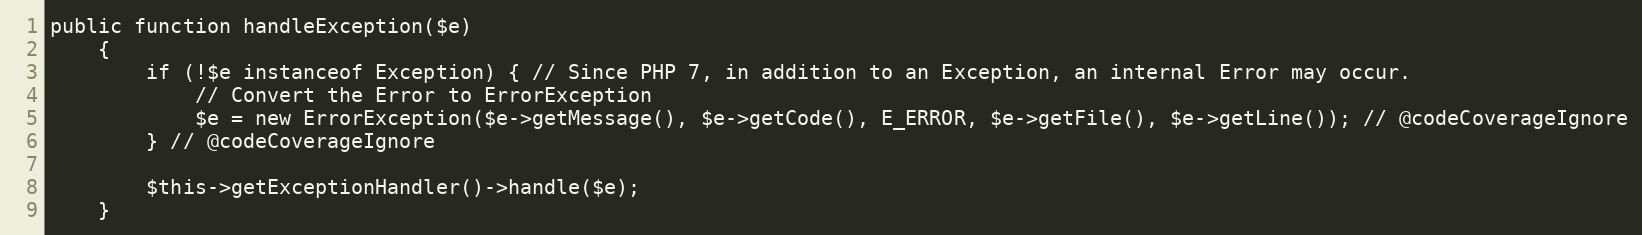
Language: PHP
public function handleException($e)
    {
        if (!$e instanceof Exception) { // Since PHP 7, in addition to an Exception, an internal Error may occur.
            // Convert the Error to ErrorException
            $e = new ErrorException($e->getMessage(), $e->getCode(), E_ERROR, $e->getFile(), $e->getLine()); // @codeCoverageIgnore
        } // @codeCoverageIgnore

        $this->getExceptionHandler()->handle($e);
    }